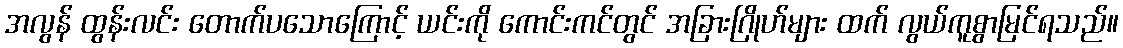
အလွန် ထွန်းလင်း တောက်ပသောကြောင့် ယင်းကို ကောင်းကင်တွင် အခြားဂြိုဟ်များ ထက် လွယ်ကူစွာမြင်ရသည်။